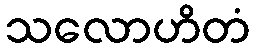
သလောဟိတံ